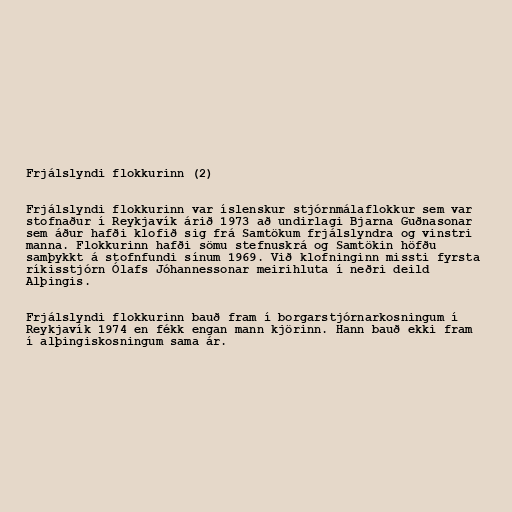
Frjálslyndi flokkurinn (2)

Frjálslyndi flokkurinn var íslenskur stjórnmálaflokkur sem var
stofnaður í Reykjavík árið 1973 að undirlagi Bjarna Guðnasonar
sem áður hafði klofið sig frá Samtökum frjálslyndra og vinstri
manna. Flokkurinn hafði sömu stefnuskrá og Samtökin höfðu
samþykkt á stofnfundi sínum 1969. Við klofninginn missti fyrsta
ríkisstjórn Ólafs Jóhannessonar meirihluta í neðri deild
Alþingis.

Frjálslyndi flokkurinn bauð fram í borgarstjórnarkosningum í
Reykjavík 1974 en fékk engan mann kjörinn. Hann bauð ekki fram
í alþingiskosningum sama ár.